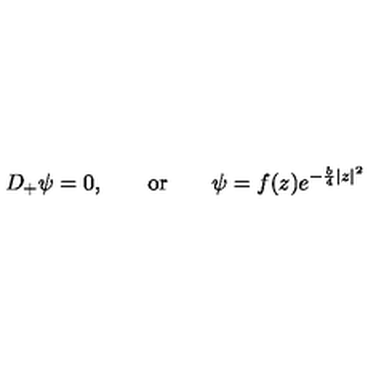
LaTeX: D _ { + } \psi = 0 , \qquad \mathrm { o r } \qquad \psi = f ( z ) e ^ { - \frac { b } { 4 } | z | ^ { 2 } }